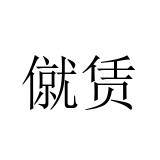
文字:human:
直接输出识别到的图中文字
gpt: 僦赁